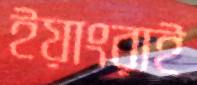
ইয়াংরাই